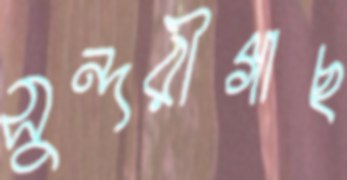
সুন্দরীগাছ